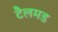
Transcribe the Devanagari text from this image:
टैलमड